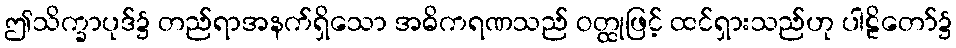
ဤသိက္ခာပုဒ်၌ တည်ရာအနက်ရှိသော အဓိကရဏသည် ဝတ္ထုဖြင့် ထင်ရှားသည်ဟု ပါဠိတော်၌